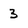
Character: 3